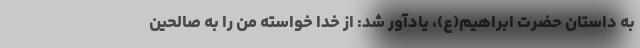
به داستان حضرت ابراهیم(ع)، یادآور شد: از خدا خواسته من را به صالحین